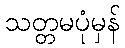
သတ္တမပုံမှန်